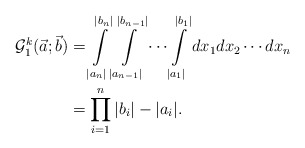
\begin{align*}\mathcal{G}^{k}_1(\vec{a};\vec{b})&=\int \limits_{|a_n|}^{|b_n|} \int \limits_{|a_{n-1}|}^{|b_{n-1}|}\cdots \int \limits_{|a_1|}^{|b_1|}dx_1dx_2\cdots dx_n \\&=\prod_{i=1}^{n}|b_i|-|a_i|.\end{align*}